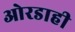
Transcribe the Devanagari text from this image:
ओरडाही